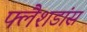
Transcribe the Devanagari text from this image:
फ्लैशडांस